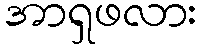
အာရှဖလား